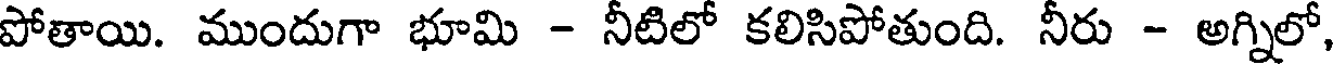
పోతాయి. ముందుగా భూమి - నీటిలో కలిసిపోతుంది. నీరు - అగ్నిలో,